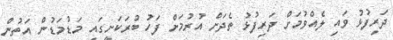
ދަރިފުޅު ވައި ލެއްވުމަށް ދަރިފުޅު ތެދަށް އުރުމަށް ފަހު ބުރަކަށީގައި މަޑުމަޑުން އަތުން